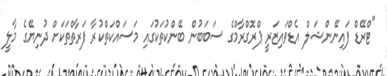
"ޓްރޭޑް ފައިނޭންޝަލް އެޑްވައިޒަރީ ޕްރޮގްރާމްގެ ސަބަބުން ބޭންކުތަކުގައި މަސައްކަތްކުރާ ފަރާތްތަކަށް ދުނިޔޭގެ މާލީ